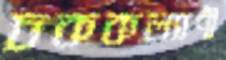
চককল্যাণী